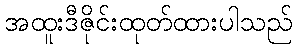
အထူးဒီဇိုင်းထုတ်ထားပါသည်